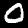
Digit: 0